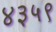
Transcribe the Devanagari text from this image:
४३५९